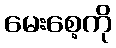
မေးစေ့ကို